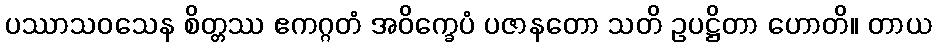
ပဿာသဝသေန စိတ္တဿ ဧကဂ္ဂတံ အဝိက္ခေပံ ပဇာနတော သတိ ဥပဋ္ဌိတာ ဟောတိ။ တာယ